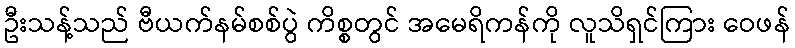
ဦးသန့်သည် ဗီယက်နမ်စစ်ပွဲ ကိစ္စတွင် အမေရိကန်ကို လူသိရှင်ကြား ဝေဖန်